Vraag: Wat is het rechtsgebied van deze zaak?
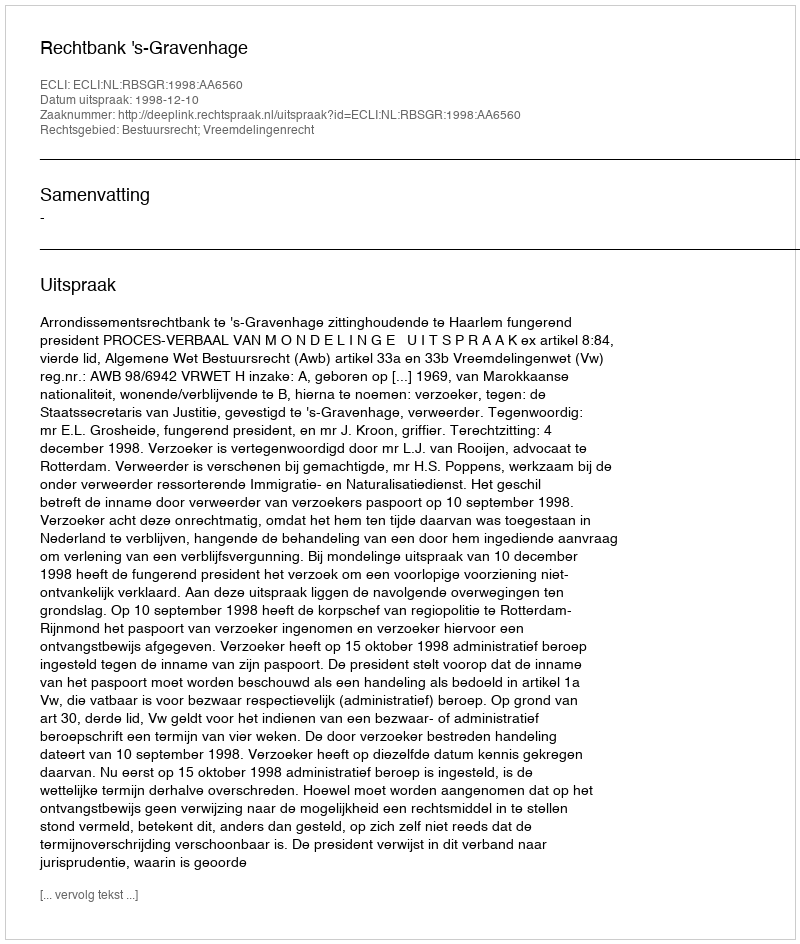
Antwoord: Bestuursrecht; Vreemdelingenrecht